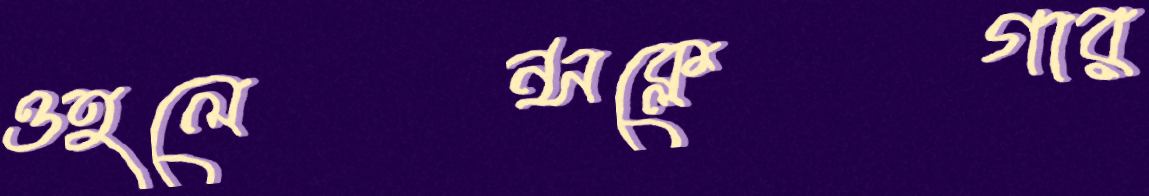
ওহলেন্সক্লেগার